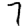
Digit: 7